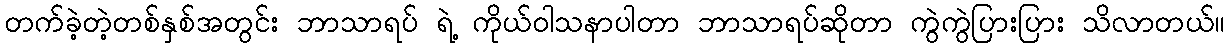
တက်ခဲ့တဲ့တစ်နှစ်အတွင်း ဘာသာရပ် ရဲ့ ကိုယ်ဝါသနာပါတာ ဘာသာရပ်ဆိုတာ ကွဲကွဲပြားပြား သိလာတယ်။